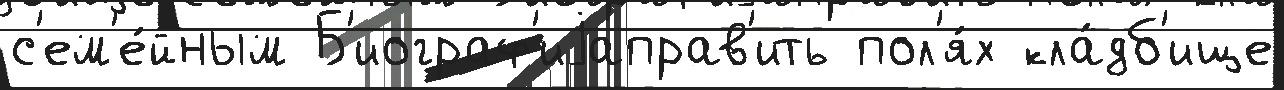
с'ем'е́йным Б'иограф'иjаправ'ить пол'я́х кла́дб'ище